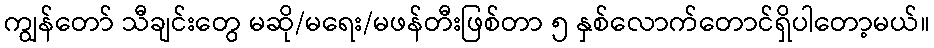
ကျွန်တော် သီချင်းတွေ မဆို/မရေး/မဖန်တီးဖြစ်တာ ၅ နှစ်လောက်တောင်ရှိပါတော့မယ်။